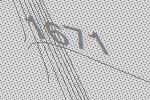
1671